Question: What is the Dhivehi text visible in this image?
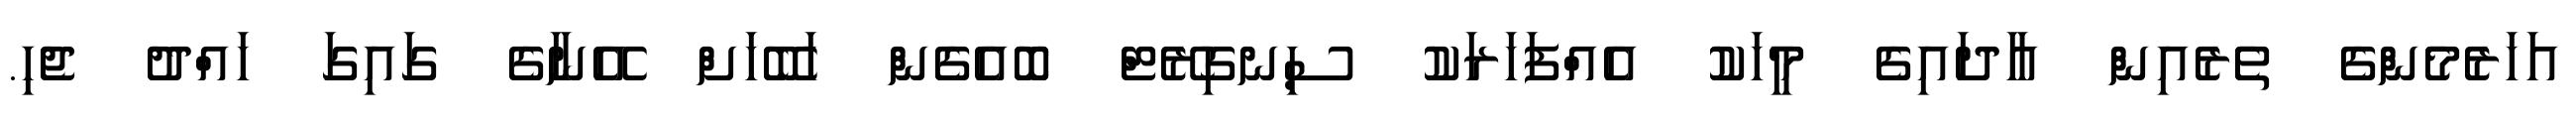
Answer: އަހަރެމެންގެ ތެރެއިން އާދައިގެ މީހަކު އެއްފަހަރަކު ސިނގިރޭޓް ބޮއެގެން ހަބޭހަށް އޭނާގެ ގައިގަ ހައްދު ޖެހި.